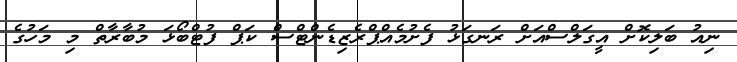
ނިއު ބަލިކޮށް އީގަލްސްއަށް ރަނގަޅު ފެށުމެއްޕްރެޒިޑެންޓްސް ކަޕް ފުޓްބޯޅަ މުބާރާތް މި މަހުގެ